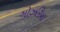
ગોઝરિયા